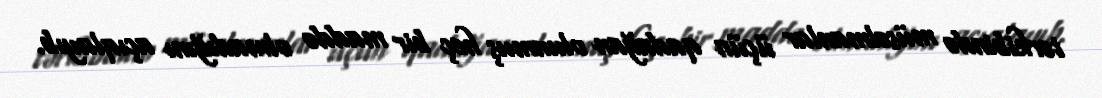
tərkibində müsəlmanlar üçün qadağan olunmuş heç bir maddə olmadığını açıqlayıb.